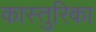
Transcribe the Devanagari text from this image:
कास्तुरिका